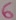
Text: 6